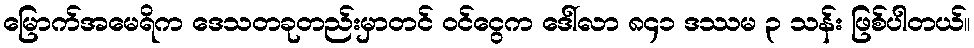
မြောက်အမေရိက ဒေသတခုတည်းမှာတင် ဝင်ငွေက ဒေါ်လာ ၈၄၁ ဒဿမ ၃ သန်း ဖြစ်ပါတယ်။